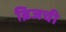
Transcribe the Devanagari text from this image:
ब्रिजची